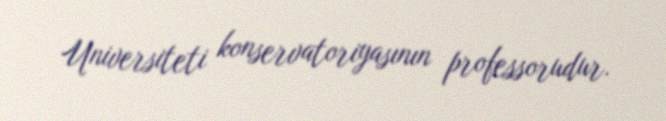
Universiteti konservatoriyasının professorudur.